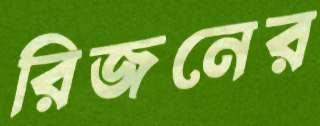
রিজনের